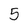
Character: 5